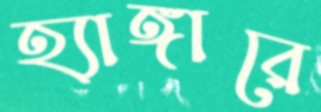
হ্যাঙ্গারে